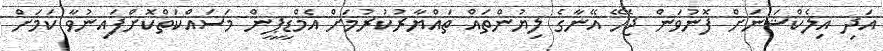
އަދި އިލެކްޝަނަށް ފޮނުވަން ޖެހޭ އޭނާގެ ލިޔުންތައް ތައްޔާރުކުރުމަށް އެމްޑީޕީން މަސައްކަތްކޮށްފައިނުވާ ކަމަށް